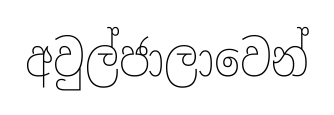
අවුල්ජාලාවෙන්